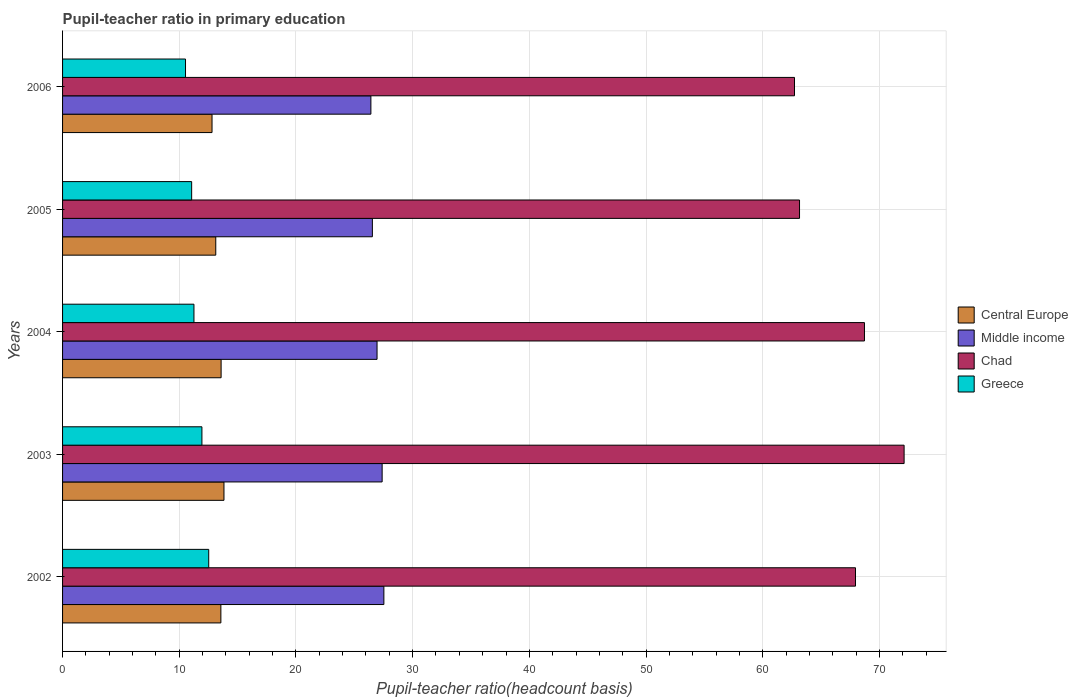
| Years | Central Europe | Middle income | Chad | Greece |
 | --- | --- | --- | --- | --- |
 | 2002 | 13.6 | 27.5 | 68 | 12.5 |
 | 2003 | 13.8 | 27.4 | 72.1 | 11.9 |
 | 2004 | 13.6 | 26.9 | 68.7 | 11.3 |
 | 2005 | 13.1 | 26.5 | 63.2 | 11.1 |
 | 2006 | 12.8 | 26.4 | 62.7 | 10.5 |